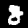
Digit: 8